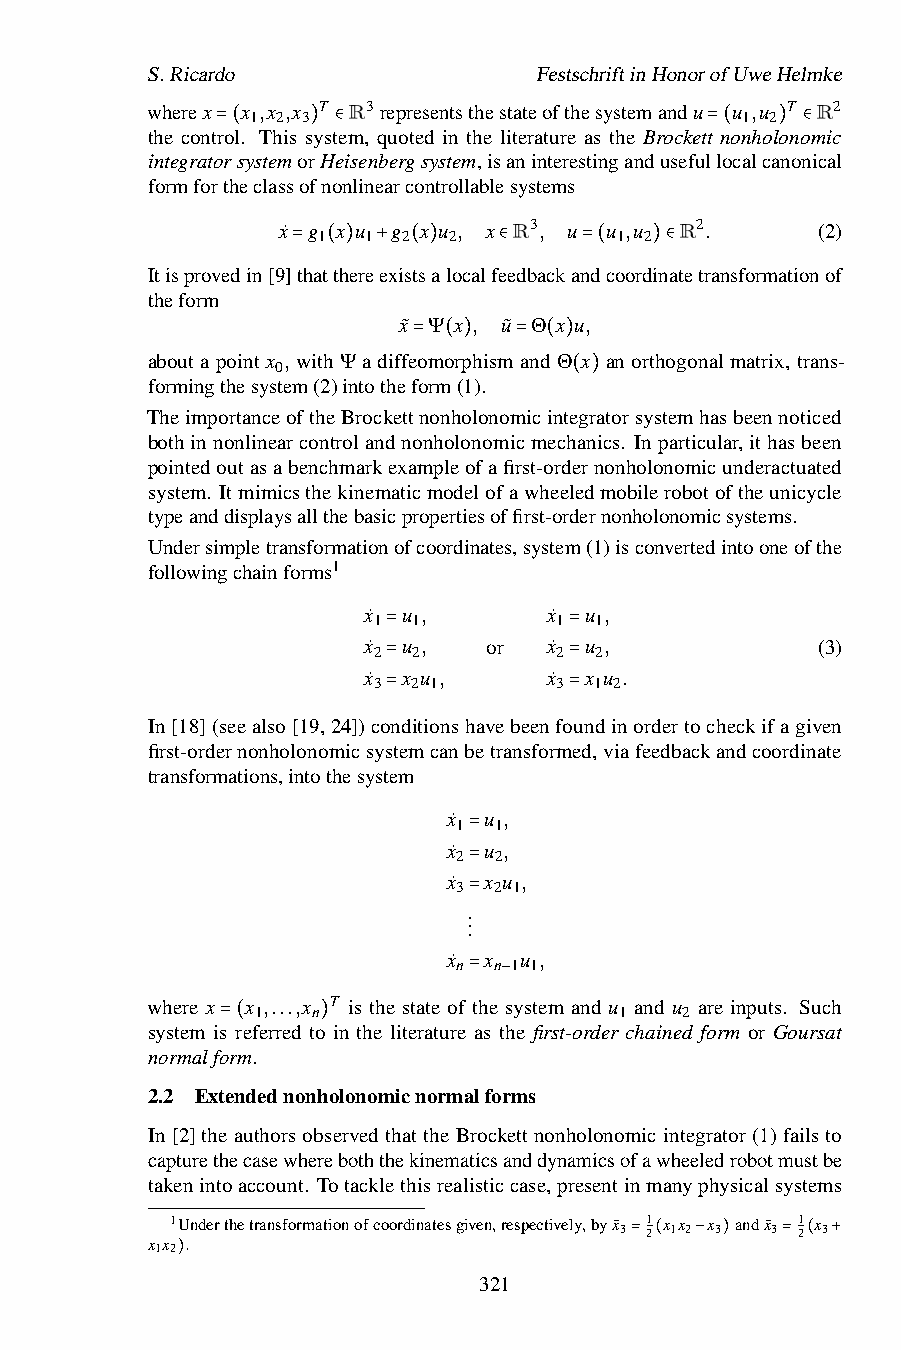
S.Ricardo                 FestschriftinHonorofUweHelmke
 wherex x ,x ,x T R3representsthestateofthesystemandu u ,u T R2
 1 2 3                           1 2
 the control. This system, quoted in the literature as the Brockett nonholonomic
 integrato=r(systemor)H∈eisenbergsystem,isaninterestinganduseful=lo(calca)non∈ical
 formfortheclassofnonlinearcontrollablesystems
 x˙ g x u g x u , x R3, u u ,u R2.   (2)
 1  1  2  2          1 2
 Itisprovedin[9]=that(th)ere+exis(ts)alocalfe∈edbackan=d(coord)in∈atetransformationof
 theform
 x˜ Ψ x , u˜ Θ x u,
 aboutapointx ,withΨadiffeomorphismandΘ x anorthogonalmatrix, trans-
 0        = ( )  = ( )
 formingthesystem(2)intotheform(1).
 ( )
 TheimportanceoftheBrockettnonholonomicintegratorsystemhasbeennoticed
 bothinnonlinearcontrolandnonholonomicmechanics. Inparticular,ithasbeen
 pointedoutasabenchmarkexampleofafirst-ordernonholonomicunderactuated
 system. Itmimicsthekinematicmodelofawheeledmobilerobotoftheunicycle
 typeanddisplaysallthebasicpropertiesoffirst-ordernonholonomicsystems.
 Undersimpletransformationofcoordinates,system(1)isconvertedintooneofthe
 followingchainforms1
 x˙ u ,      x˙ u ,
 1 1         1 1
 x˙ u ,  or  x˙ u ,            (3)
 2 2         2 2
 =           =
 x˙ x u ,    x˙ x u .
 3 2 1       3 1 2
 =           =
 In[18](seealso[19,24])co=nditionshavebeenfo=undinordertocheckifagiven
 first-ordernonholonomicsystemcanbetransformed,viafeedbackandcoordinate
 transformations,intothesystem
 x˙ u ,
 1  1
 x˙ u ,
 2  2
 =
 x˙ x u ,
 3  2 1
 =
 .
 .
 .=
 x˙ x u ,
 n  n 1 1
 where x x ,...,x T is the state of=the−system and u and u are inputs. Such
 1   n                   1   2
 system is referred to in the literature as the first-order chained form or Goursat
 normalfo=r(m. )
 2.2 Extendednonholonomicnormalforms
 In[2]theauthorsobservedthattheBrockettnonholonomicintegrator(1)failsto
 capturethecasewhereboththekinematicsanddynamicsofawheeledrobotmustbe
 takenintoaccount. Totacklethisrealisticcase,presentinmanyphysicalsystems
 1Underthetransformationofcoordinatesgiven,respectively,byx˜3=1 2(x 1x 2−x 3)andx˜3=1 2(x 3+
 x 1x 2).
 321